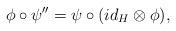
LaTeX: \begin{align*}\phi\circ\psi''=\psi\circ(id_H\otimes \phi),\end{align*}